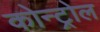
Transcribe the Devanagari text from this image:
कोन्ट्रोल